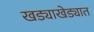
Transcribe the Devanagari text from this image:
खड्याखेड्यात